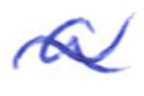
Text: a
Cross-out: wave
Writing tool: ballpoint